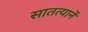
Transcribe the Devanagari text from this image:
सातत्यानें